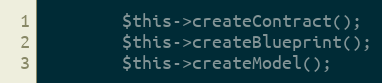
Language: PHP
		$this->createContract();
		$this->createBlueprint();
		$this->createModel();